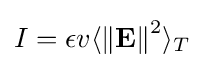
I=\epsilon v\langle \mathbf {\|E\|} ^{2}\rangle _{T}